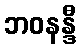
ဘဝနန္ဒီ